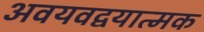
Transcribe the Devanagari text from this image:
अवयवद्वयात्मक